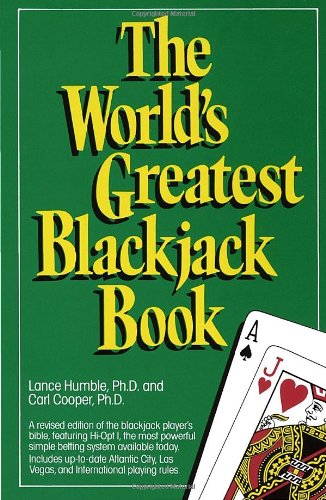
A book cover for The World Greatest Blackjack Book; Lance Humble; Humor & Entertainment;